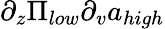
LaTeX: \partial_{z}\Pi_{low}\partial_{v}a_{high}